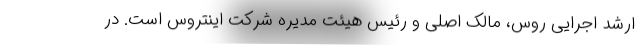
ارشد اجرایی روس، مالک اصلی و رئیس هیئت مدیره شرکت اینتروس است. در